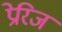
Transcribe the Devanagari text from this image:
प्रेरिज